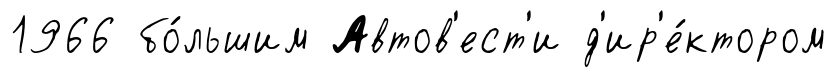
1966 бо́льшим Автов'ест'и д'ир'е́ктором